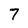
Character: 7